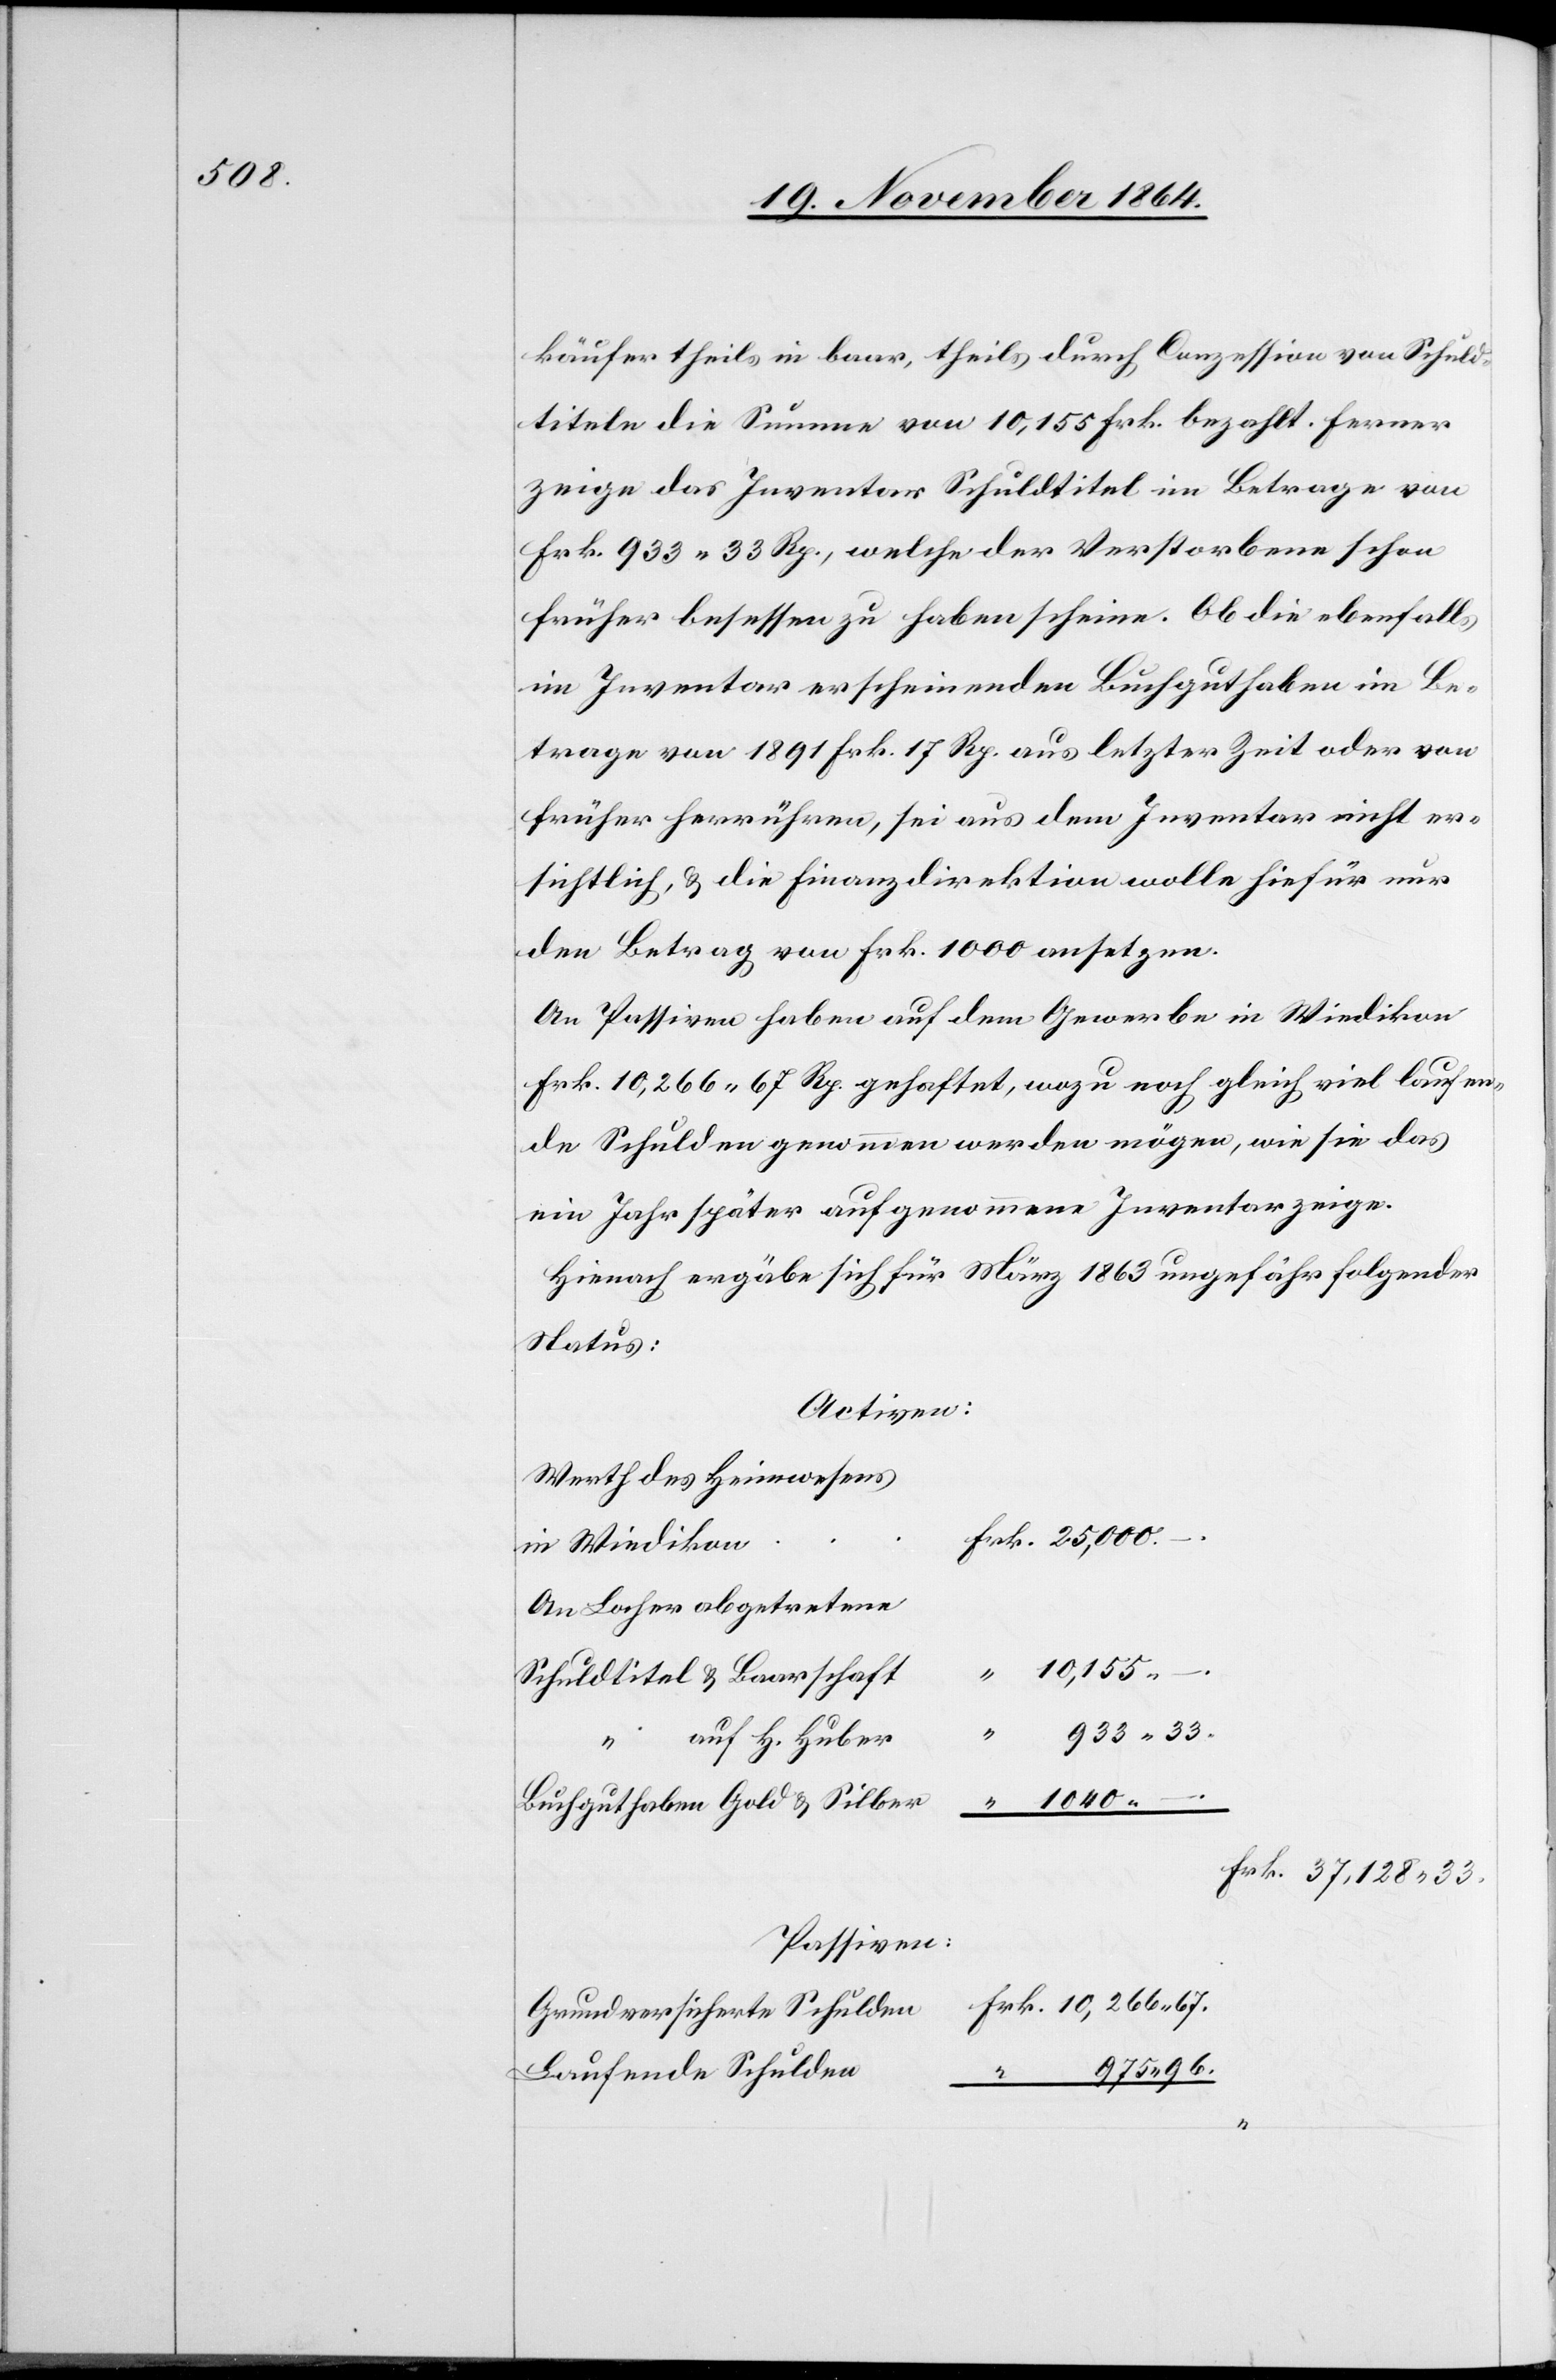
25,000.

käufer theils in baar, theils durch Conzession von Schuld¬
titeln die Summe von 10,155 Frk. bezahlt. Ferner
zeige das Inventar Schuldtitel im Betrage von
Frk. 933.33 Rp., welche der Verstorbene schon
früher besessen zu haben scheine. Ob die ebenfalls
im Inventar erscheinende Buchguthaben im Be¬
trage von 1891 Frk. 17 Rp. aus letzter Zeit oder von
früher herrühren, sei aus dem Inventar nicht er¬
sichtlich, & die Finanzdirektion wolle hiefür nur
den Betrag von Frk. 1000 ansetzen.
An Passiven haben auf dem Gewerbe in Wiedikon
Frk. 10,266.67 Rp. gehaftet, wozu noch gleich viel laufen¬
de Schulden genommen werden mögen, wie sie das
im Jahr später aufgenommene Inventar zeige.
Hienach ergäbe sich für März 1863 ungefähr folgender
Status:
Activen:
Werth des Heimwesens
Frk.
in Wiedikon
An Locher abgetretene
.
10,155.
Schuldtitel & Baarschaft
933.33.
auf H. Huber
1040. –.
Buchguthaben Gold & Silber
Passiven:
Laufende Schulden
975.96.